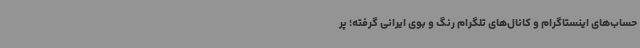
حساب‌های اینستاگرام و کانال‌های تلگرام رنگ و بوی ایرانی گرفته؛ پر